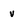
Character: v